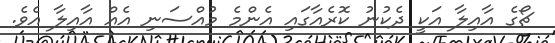
ޗޯގެ އާއިލާ އަކީ ދެކުނު ކޮރެއާގައި އެންމެ މުއްސަނި އެއް އާއިލާ އެވެ.